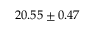
2 0 . 5 5 \pm 0 . 4 7